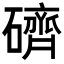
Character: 𥖭